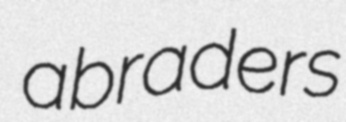
abraders